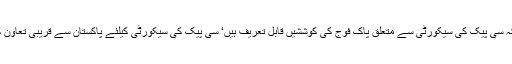
انہوں نے کہا کہ سی پیک کی سیکورٹی سے متعلق پاک فوج کی کوششیں قابل تعریف ہیں‘ سی پیک کی سیکورٹی کیلئے پاکستان سے قریبی تعاون کے منتظر ہیں۔